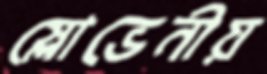
স্লোভেনীয়